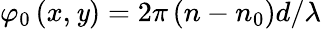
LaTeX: \varphi_{0}\left(x,\mathit{y}\right)=2\pi\left(n-n_{0}\right)d/\lambda